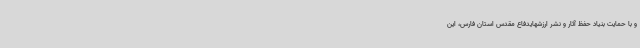
و با حمایت بنیاد حفظ آثار و نشر ارزشهایدفاع مقدس استان فارس، این